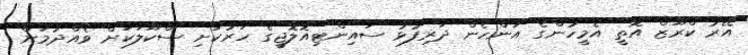
އޭރު ކްރޫޒް އޮތީ އެމީހުންގެ އަންހެން ދަރިފުޅު ސައިންޓިއޮލޮޖީގެ ހަރުކަށި ސްކޫލަކަށް ވެއްދުމަށް